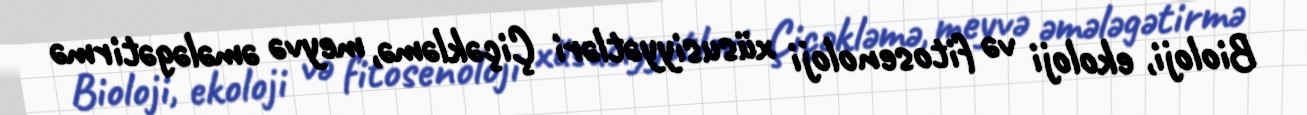
Bioloji, ekoloji və fitosenoloji xüsusiyyətləri Çiçəkləmə, meyvə əmələgətirmə